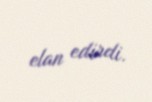
elan edirdi.